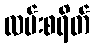
လမ်းစရိတ်